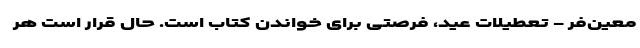
معین‌فر - تعطیلات عید، فرصتی برای خواندن کتاب است. حال قرار است هر